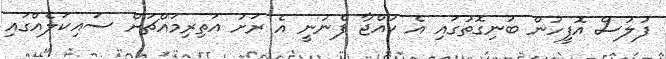
ފުލުސް އޮފީހުން ބުނިގޮތުގައި އެ ކުއްޖާ ފެނުނީ އެ ރަށު އަތިރިމައްޗަށް ސައިކަލެއްގައި